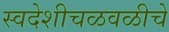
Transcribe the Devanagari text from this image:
स्वदेशीचळवळीचे